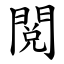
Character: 閲